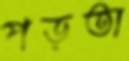
পড়তা